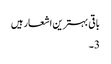
باقی بہترین اشعار ہیں
3۔